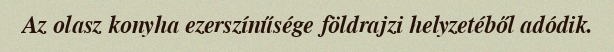
Az olasz konyha ezerszínűsége földrajzi helyzetéből adódik.